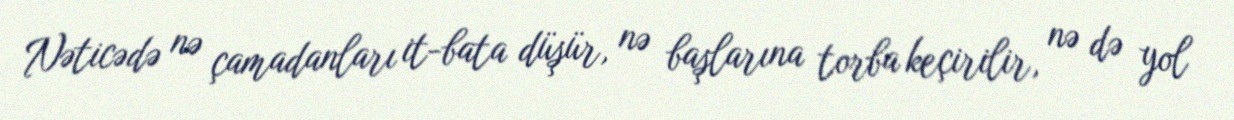
Nəticədə nə çamadanları it-bata düşür, nə başlarına torba keçirilir, nə də yol